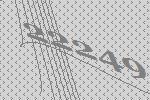
22249